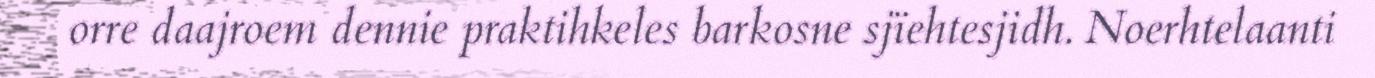
orre daajroem dennie praktihkeles barkosne sjïehtesjidh. Noerhtelaanti